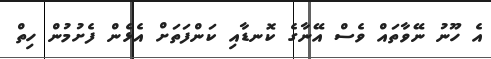
އެ ހޫނު ނޭވާތައް ވެސް އޭނާގެ ކޮނޑާއި ކަންފަތަށް އެޅެން ފެށުމުން ހިތް